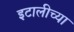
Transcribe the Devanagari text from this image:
इटालीच्या